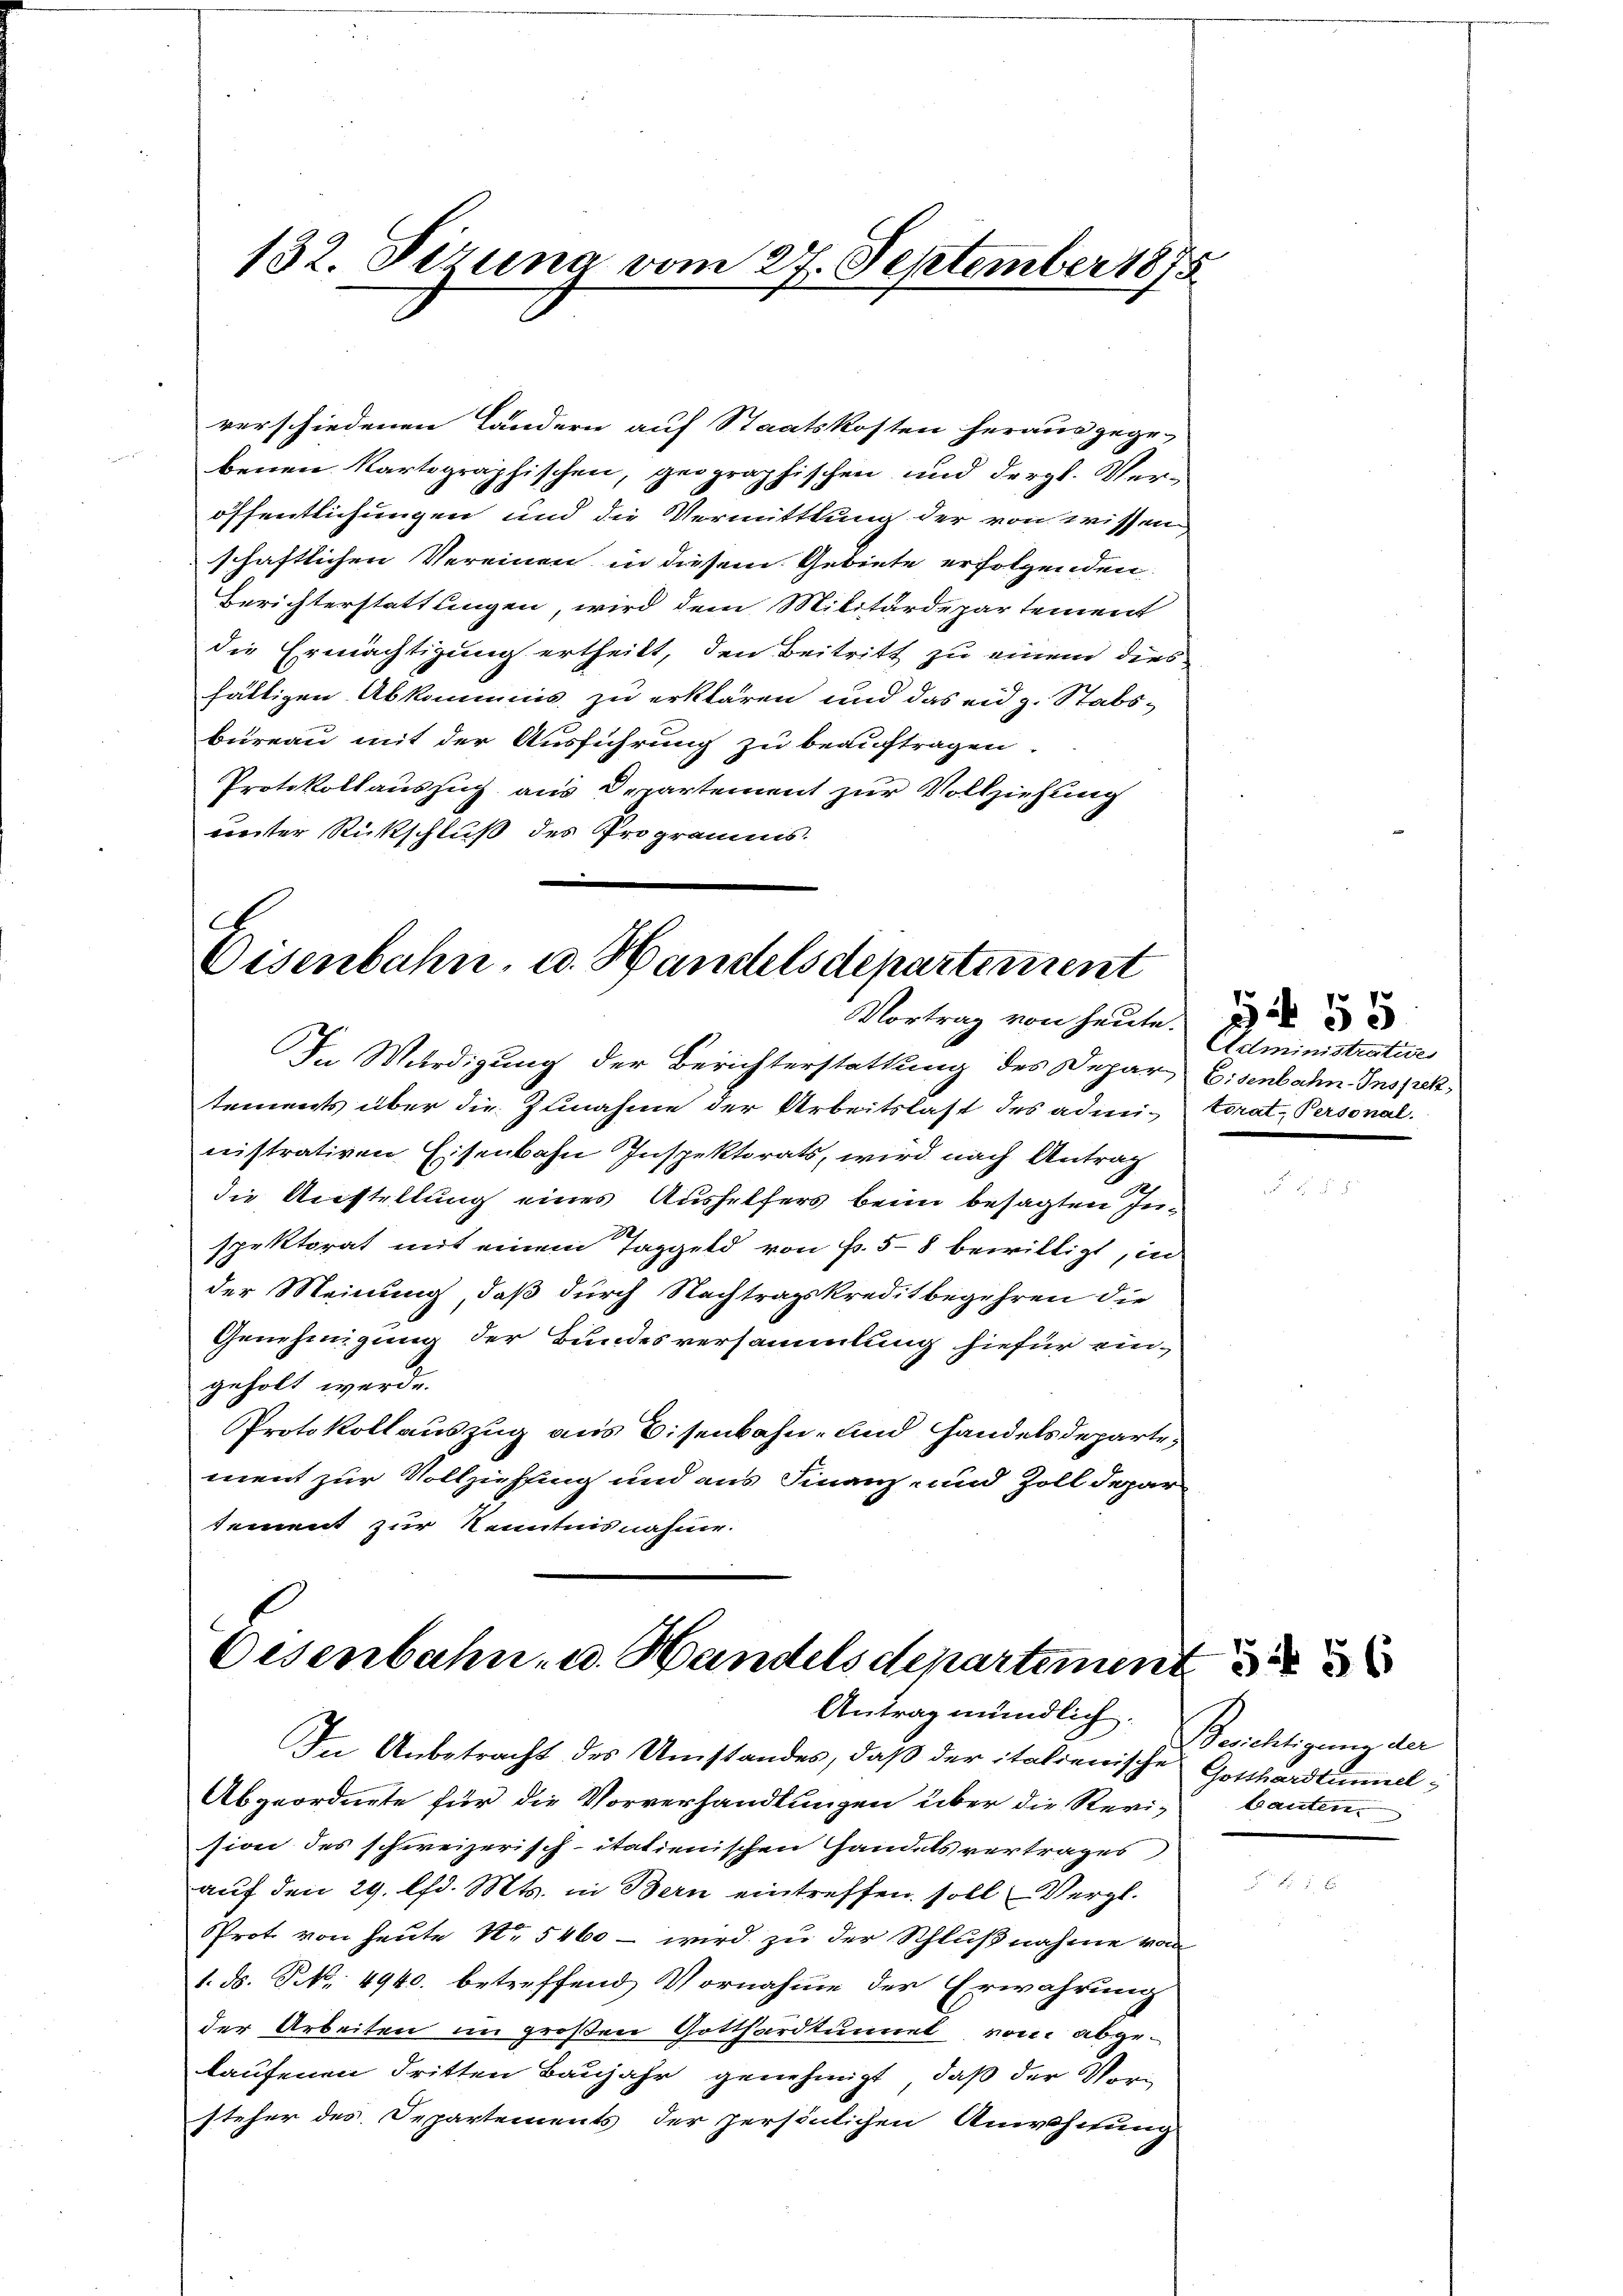
verschiedenen Ländern auf Staatskosten heraus gege-
benen Kartographischen, geographischen und dergl. Veröffentlichungen und die Vermittlung der von wissen
schaftlichen Vereinen in diesem Gebiete erfolgenden
Berichterstattungen, wird dem Militärdepartement
die Ermächtigung ertheilt, den Beitritt zu einem dies
fältigen Abkommnis zu erklären und das eidg. Stabs-
bureau mit der Ausführung zu beauftragen.
Protokollauszug aus Departement zur Vollziehung
unter Rückschluß des Programms.

A
Eisenbahn, u. Handelsdepartement
Vortrag von heute.    33

In Würdigung der Berichterstattung des Depar, Eisenbahn Inspekt
tements über die Zunahme der Arbeitslast des admi¬ torat-Personal-
nistrativen Eisenbahn Inspektorats, wird nach Antrag
die Anstellung eines Aushelfers beim besagten Inspektorat mit einem Taggeld von Fr. 58 bewilligt, in
der Meinung, daß durch Nachtragskreditbegehren die
Genehmigung der Bundesversammlung hiefür ein-
geholt werde.
Protokollauszug aus Eisenbahn- und Handelsdeparte,
ment zur Vollziehung und aus Finanz- und Zoll depar
sement zur Kenntnis nahme.

Eisenbahn- u. Handels departemen.
Antrag mündlich.

132. Firung vom 27. September 1875

In Anbetracht des Umstandes, daß der italienische Gotthardtunnel¬
Abgeordnete für die Vorverhandlungen über die Revi- bauten
sion des schweizerisch-itatienischen Handels vertrages
auf den 29. lfd. Mts. in Bern eintreffen soll Vergl.
Prot von heute No 5460 - wird zu der Schlußnahme von
1. ds. No. 4940. betreffend Vornahme der Erwährung
der Arbeiten im großen Gotthardtunnel vom abgelaufenen dritten Baujahr genehmigt, daß der Vorsteher des Departements der persönlichen Anwohnung

Administrative

Berichtigung der

556